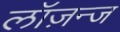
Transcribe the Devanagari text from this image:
लॉज़न्ज